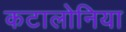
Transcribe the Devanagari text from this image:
कटालोनिया